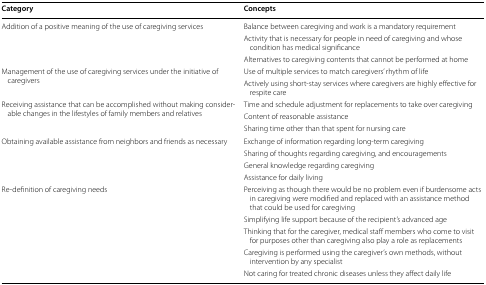
<table><thead><tr><td><b>Category</b></td><td><b>Concepts</b></td></tr></thead><tbody><tr><td rowspan="3">Addition of a positive meaning of the use of caregiving services</td><td>Balance between caregiving and work is a mandatory requirement</td></tr><tr><td>Activity that is necessary for people in need of caregiving and whose condition has medical significance</td></tr><tr><td>Alternatives to caregiving contents that cannot be performed at home</td></tr><tr><td rowspan="2">Management of the use of caregiving services under the initiative of caregivers</td><td>Use of multiple services to match caregivers’ rhythm of life</td></tr><tr><td>Actively using short-stay services where caregivers are highly effective for respite care</td></tr><tr><td rowspan="3">Receiving assistance that can be accomplished without making considerable changes in the lifestyles of family members and relatives</td><td>Time and schedule adjustment for replacements to take over caregiving</td></tr><tr><td>Content of reasonable assistance</td></tr><tr><td>Sharing time other than that spent for nursing care</td></tr><tr><td rowspan="4">Obtaining available assistance from neighbors and friends as necessary</td><td>Exchange of information regarding long-term caregiving</td></tr><tr><td>Sharing of thoughts regarding caregiving, and encouragements</td></tr><tr><td>General knowledge regarding caregiving</td></tr><tr><td>Assistance for daily living</td></tr><tr><td rowspan="5">Re-definition of caregiving needs</td><td>Perceiving as though there would be no problem even if burdensome acts in caregiving were modified and replaced with an assistance method that could be used for caregiving</td></tr><tr><td>Simplifying life support because of the recipient’s advanced age</td></tr><tr><td>Thinking that for the caregiver, medical staff members who come to visit for purposes other than caregiving also play a role as replacements</td></tr><tr><td>Caregiving is performed using the caregiver’s own methods, without intervention by any specialist</td></tr><tr><td>Not caring for treated chronic diseases unless they affect daily life</td></tr></tbody></table>